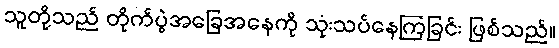
သူတို့သည် တိုက်ပွဲအခြေအနေကို သုံးသပ်နေကြခြင်း ဖြစ်သည်။